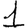
Digit: 1